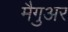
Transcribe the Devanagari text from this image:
मैगुअर